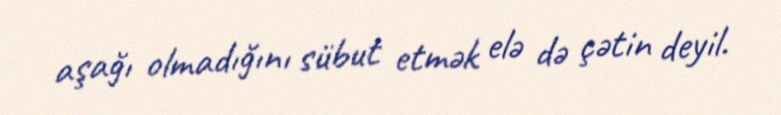
aşağı olmadığını sübut etmək elə də çətin deyil.